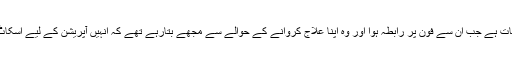
یہ گزشتہ ماہ کی بات ہے جب ان سے فون پر رابطہ ہوا اور وہ اپنا علاج کروانے کے حوالے سے مجھے بتارہے تھے کہ انہیں آپریشن کے لیے اسکاٹ لینڈ جانا پڑے گا۔